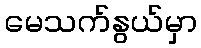
မေသက်နွယ်မှာ